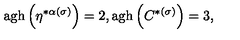
\mathrm { a g h } \left( \eta ^ { * \alpha ( \sigma ) } \right) = 2 , \mathrm { a g h } \left( C ^ { * ( \sigma ) } \right) = 3 ,